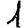
Digit: 1